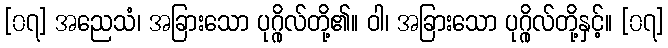
[၀၇] အညေသံ၊ အခြားသော ပုဂ္ဂိုလ်တို့၏။ ဝါ၊ အခြားသော ပုဂ္ဂိုလ်တို့နှင့်။ [၀၇]